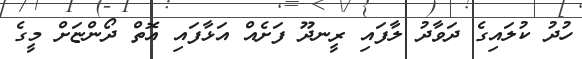
ހުދު ކުލައިގެ ދަވާދު ލާފައި ރީނދޫ ފަށެއް އަޅާފައި އޮތް ދޯންޏަށް މީގެ